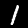
Digit: 1